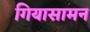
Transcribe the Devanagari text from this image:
गियासामन